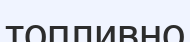
топливно